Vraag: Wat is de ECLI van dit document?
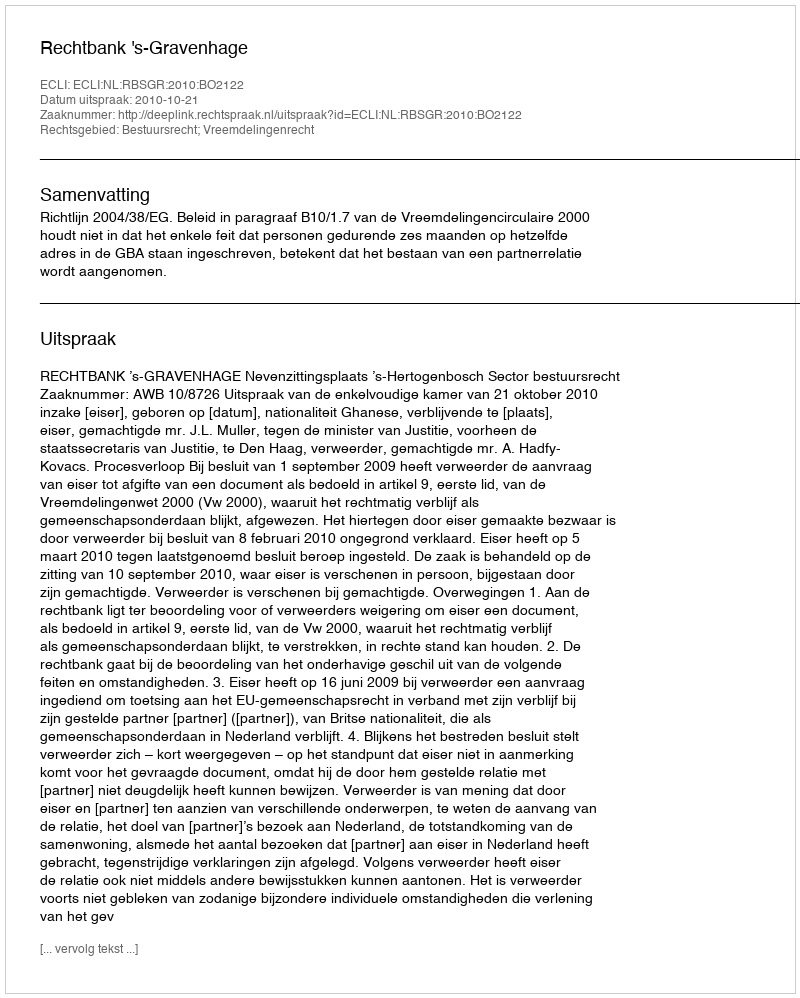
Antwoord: ECLI:NL:RBSGR:2010:BO2122